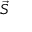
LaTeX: \scriptstyle { \vec { S } }